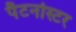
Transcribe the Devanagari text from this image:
पैटर्नोस्टर